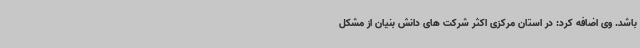
باشد. وی اضافه کرد: در استان مرکزی اکثر شرکت های دانش بنیان از مشکل